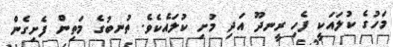
މަހުގެ ކުލައަކީ ފެހި ރީނދޫ އަދި މުށި ކުލައެކެވެ. ތުނބުގެ މަތިން ފެށިގެން